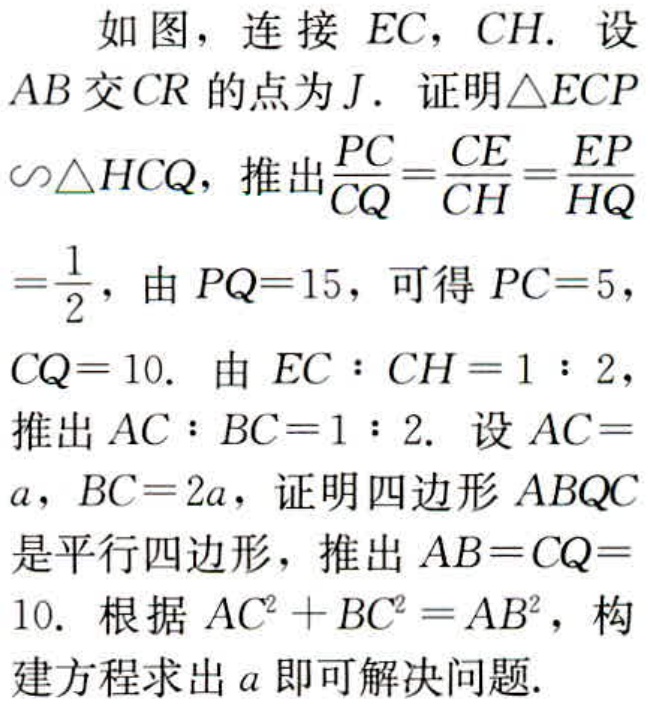
如图，连接 \(EC\)，\(CH\). 设
\(AB\) 交 \(CR\) 的点为 \(J\). 证明\(\triangle ECP\)
\(\backsim\triangle HCQ\)，推出\(\frac{PC}{CQ}=\frac{CE}{CH}=\frac{EP}{HQ}\)
\(=\frac{1}{2}\)，由 \(PQ = 15\)，可得 \(PC = 5\)，
\(CQ = 10\). 由 \(EC:CH = 1:2\)，
推出 \(AC:BC = 1:2\). 设 \(AC =
a\)，\(BC = 2a\)，证明四边形 \(ABQC\)
是平行四边形，推出 \(AB = CQ =\)
\(10\). 根据 \(AC^{2}+BC^{2}=AB^{2}\)，构
建方程求出 \(a\) 即可解决问题.